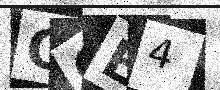
Text: COE4